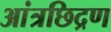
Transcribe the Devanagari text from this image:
आंत्रछिद्रण